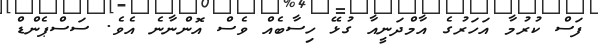
ފަސް ކުރުމާ އަހަރުގެ އާމްދަނީއާ ގުޅޭ ހިސާބެއް ވެސް އޮންނާނެ އެވެ. ސަސްޕެންޑް